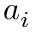
a _ { i }